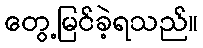
တွေ့မြင်ခဲ့ရသည်။